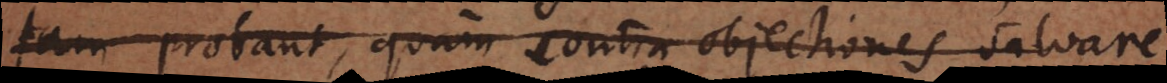
tam probant, quam contra objectiones salvare